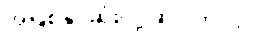
အဖြစ်နိုင်ဆုံးလို့ ဆိုပါတယ်။